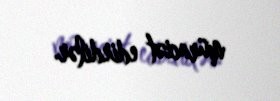
müraciət edirdilər.